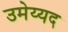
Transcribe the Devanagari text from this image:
उमेय्यद